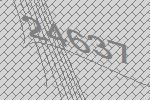
24637